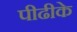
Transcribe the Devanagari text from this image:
पीढीके